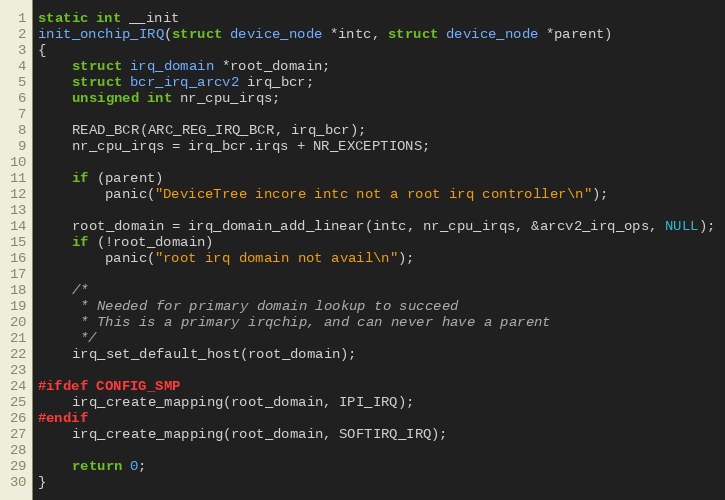
Language: C
static int __init
init_onchip_IRQ(struct device_node *intc, struct device_node *parent)
{
	struct irq_domain *root_domain;
	struct bcr_irq_arcv2 irq_bcr;
	unsigned int nr_cpu_irqs;

	READ_BCR(ARC_REG_IRQ_BCR, irq_bcr);
	nr_cpu_irqs = irq_bcr.irqs + NR_EXCEPTIONS;

	if (parent)
		panic("DeviceTree incore intc not a root irq controller\n");

	root_domain = irq_domain_add_linear(intc, nr_cpu_irqs, &arcv2_irq_ops, NULL);
	if (!root_domain)
		panic("root irq domain not avail\n");

	/*
	 * Needed for primary domain lookup to succeed
	 * This is a primary irqchip, and can never have a parent
	 */
	irq_set_default_host(root_domain);

#ifdef CONFIG_SMP
	irq_create_mapping(root_domain, IPI_IRQ);
#endif
	irq_create_mapping(root_domain, SOFTIRQ_IRQ);

	return 0;
}